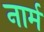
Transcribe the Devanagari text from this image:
नार्म